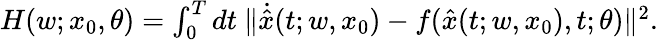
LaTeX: \begin{array}{r}{H(w;x_{0},\theta)=\int_{0}^{T}dt\ \lVert\dot{\hat{x}}(t;w,x_{0})-f(\hat{x}(t;w,x_{0}),t;\theta)\lVert^{2}.}\end{array}